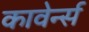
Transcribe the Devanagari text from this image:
कावेर्न्स